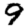
Digit: 9